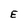
Character: E